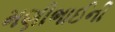
મણીભાઈની